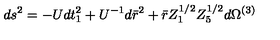
d s ^ { 2 } = - U d t _ { 1 } ^ { 2 } + U ^ { - 1 } d \bar { r } ^ { 2 } + \bar { r } Z _ { 1 } ^ { 1 / 2 } Z _ { 5 } ^ { 1 / 2 } d \Omega ^ { ( 3 ) }